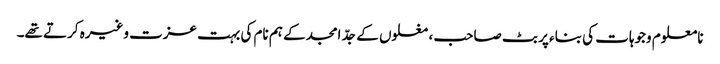
نامعلوم وجوہات کی بناء پر بٹ صاحب ، مغلوں کے جدّ امجد کے ہم نام کی بہت عزت وغیرہ کرتے تھے۔